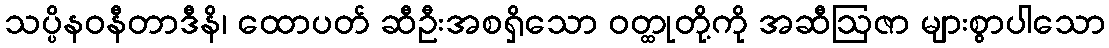
သပ္ပိနဝနီတာဒီနိ၊ ထောပတ် ဆီဦးအစရှိသော ဝတ္ထုတို့ကို အဆီဩဇာ များစွာပါသော